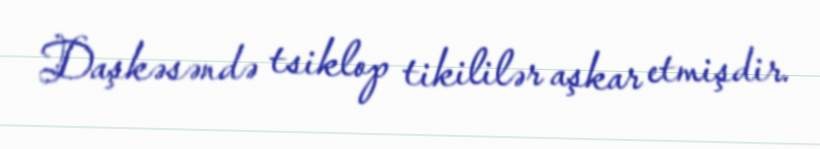
Daşkəsəndə tsiklop tikililər aşkar etmişdir.